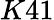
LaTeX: K41